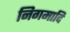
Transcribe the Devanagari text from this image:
निगमादि